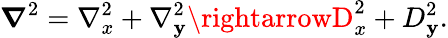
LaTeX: \boldsymbol{\nabla}^{2}=\nabla_{x}^{2}+\nabla_{\mathbf{y}}^{2}\rightarrowD_{x}^{2}+D_{\mathbf{y}}^{2}.